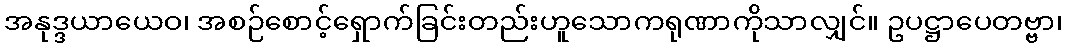
အနုဒ္ဒယာယေဝ၊ အစဉ်စောင့်ရှောက်ခြင်းတည်းဟူသောကရုဏာကိုသာလျှင်။ ဥပဋ္ဌာပေတဗ္ဗာ၊